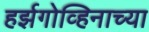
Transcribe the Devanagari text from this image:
हर्झगोव्हिनाच्या